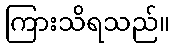
ကြားသိရသည်။